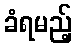
ခံရမည့်